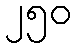
၂၅၀